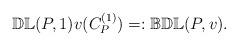
LaTeX: \begin{align*} \mathbb{DL}(P,1) v(C_P^{(1)})=:\mathbb{BDL}(P,v). \end{align*}